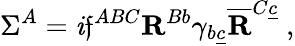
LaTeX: \Sigma^{A}=\mathit{i}\mathfrak{f}^{ABC}{\mathbf{R}}^{Bb}\gamma_{b\underline{{{c}}}}\overline{{{{\mathbf{R}}}}}^{C\underline{{{c}}}}\ ,